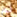
لم